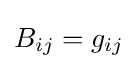
B_{ij}=g_{ij}